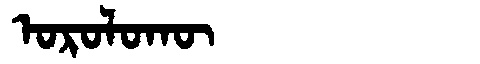
Manchu: ᠣᡵᠣᠯᠣᡴᡡ
Romanization: OROLOKŪ